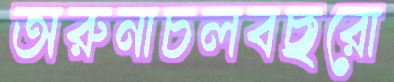
অরুনাচলবছরো